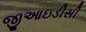
જીઆઇડીસી